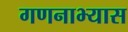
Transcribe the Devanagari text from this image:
गणनाभ्यास